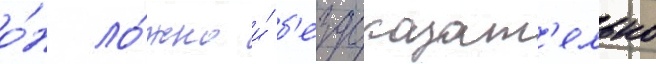
о́н ло́жно и́ б'ездоказат'ельно